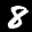
Label: 8